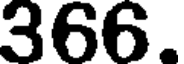
366.